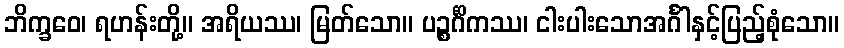
ဘိက္ခဝေ၊ ရဟန်းတို့။ အရိယဿ၊ မြတ်သော။ ပဉ္စင်္ဂိကဿ၊ ငါးပါးသောအင်္ဂါနှင့်ပြည့်စုံသော။